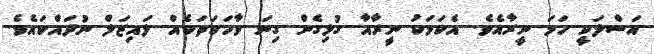
އަސްލަކީ ހަމަ ނީރާއެވެ. އެކަމަކު ނީރާއާ ގުޅިގެން ގިނަ ވާހަކަތަކެއް ލައިޒަލް ނުދައްކައެވެ.